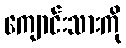
ကျောင်းသားကို